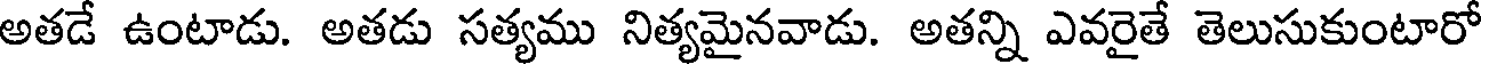
అతడే ఉంటాడు. అతడు సత్యము నిత్యమైనవాడు. అతన్ని ఎవరైతే తెలుసుకుంటారో